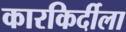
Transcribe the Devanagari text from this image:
कारकिर्दीला